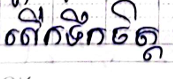
លើកទឹកចិត្ត